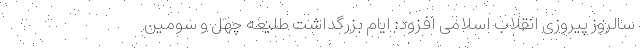
سالروز پیروزی انقلاب اسلامی افزود: ایام بزرگداشت طلیعه چهل و سومین